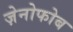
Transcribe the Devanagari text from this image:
ज़ेनोफोब